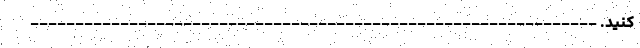
کنید. ---------------------------------------------------------------